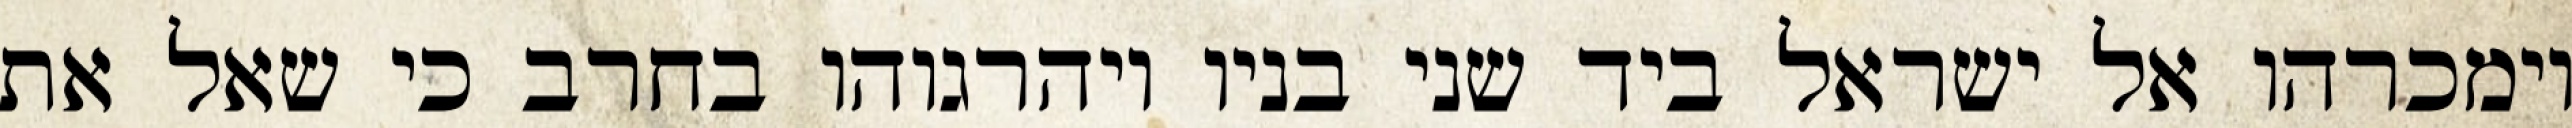
וימכרהו אל ישראל ביד שני בניו ויהרגוהו בחרב כי שאל את